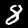
Digit: 8